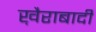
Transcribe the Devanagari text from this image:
ख़ैराबादी